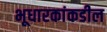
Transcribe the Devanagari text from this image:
भूधारकांकडील